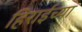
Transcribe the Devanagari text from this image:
हिराईच्या